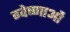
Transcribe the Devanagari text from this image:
ग्वेष्णाओं